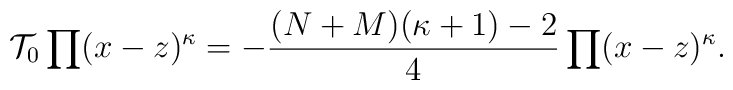
{\cal T_{\rm 0}}\prod (x-z)^{\kappa}=-\frac{(N+M)(\kappa+1)-2}{4}	\prod (x-z)^{\kappa} .